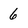
Character: 6